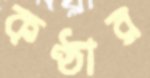
কণ্ঠার